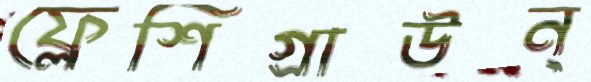
ফ্লেশিগ্রাউন্